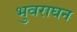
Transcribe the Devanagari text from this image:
भुवराघन